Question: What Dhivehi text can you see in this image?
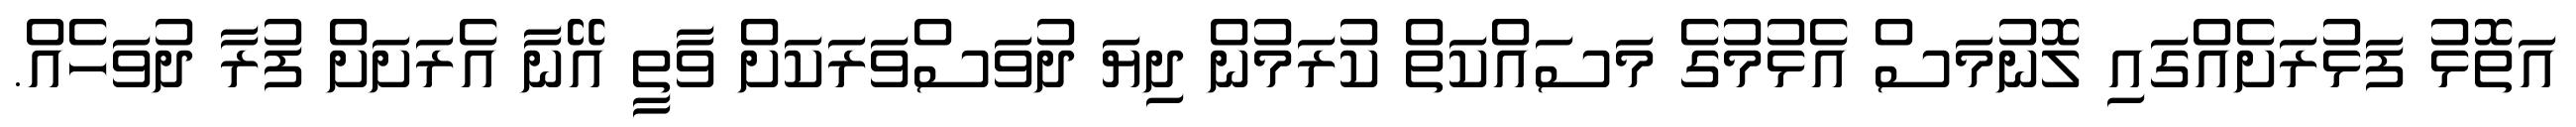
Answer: އަތޮޅު ފަޅުރަށެއްގައި ލޮނުމަސް އެޅުމުގެ މަސައްކަތް ކުރަމުން ދިޔަ ދުވަސްވަރަކަށް ވާތީ އޭނާ އެރަށަށް ފުރާ ދުވަހެއް.